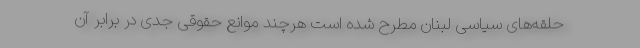
حلقه‌های سیاسی لبنان مطرح شده است هرچند موانع حقوقی جدی در برابر آن